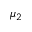
\mu _ { 2 }